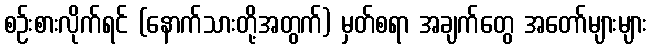
စဉ်းစားလိုက်ရင် (နောက်သားတို့အတွက်) မှတ်စရာ အချက်တွေ အတော်များများ